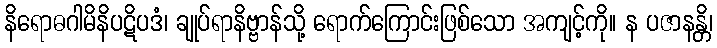
နိရောဓဂါမိနိပဋိပဒံ၊ ချုပ်ရာနိဗ္ဗာန်သို့ ရောက်ကြောင်းဖြစ်သော အကျင့်ကို။ န ပဇာနန္တိ၊